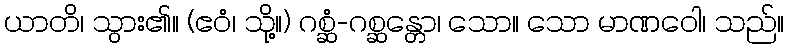
ယာတိ၊ သွား၏။ (ဧဝံ၊ သို့။) ဂစ္ဆံ-ဂစ္ဆန္တော၊ သော။ သော မာဏဝေါ၊ သည်။